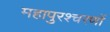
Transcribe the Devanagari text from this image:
महापुरश्चरणों